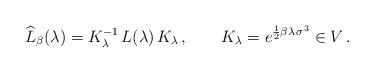
LaTeX: \begin{align*} \widehat{L}_\beta (\lambda) = K_\lambda^{-1} \, L(\lambda) \, K_\lambda \,, \qquad K_\lambda = e^{\frac 12 \beta \lambda \, \sigma^3} \in V \,.\end{align*}